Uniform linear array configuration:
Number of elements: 4
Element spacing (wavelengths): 0.25
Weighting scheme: uniform
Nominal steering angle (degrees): -60
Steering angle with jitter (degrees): -59.01
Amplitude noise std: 0.05
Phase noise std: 0.05

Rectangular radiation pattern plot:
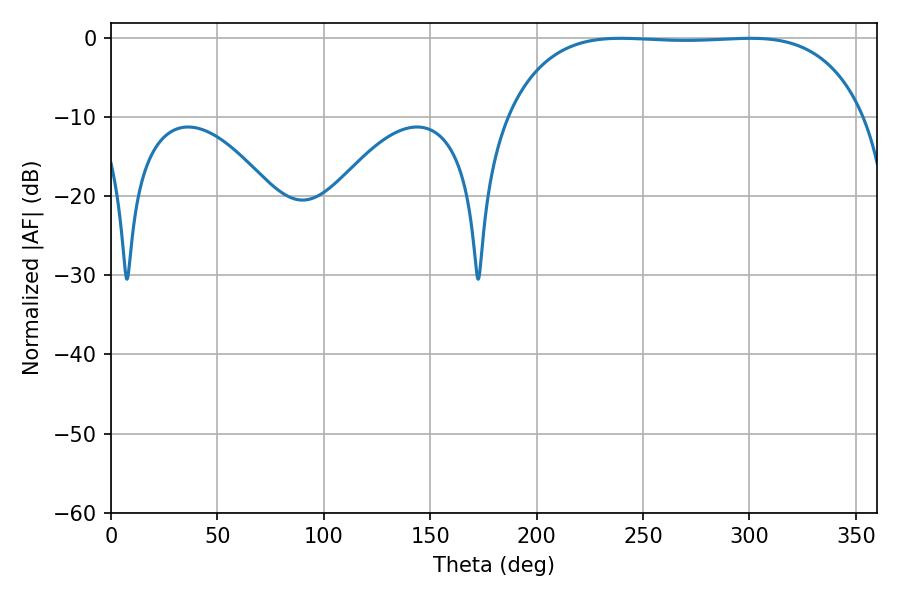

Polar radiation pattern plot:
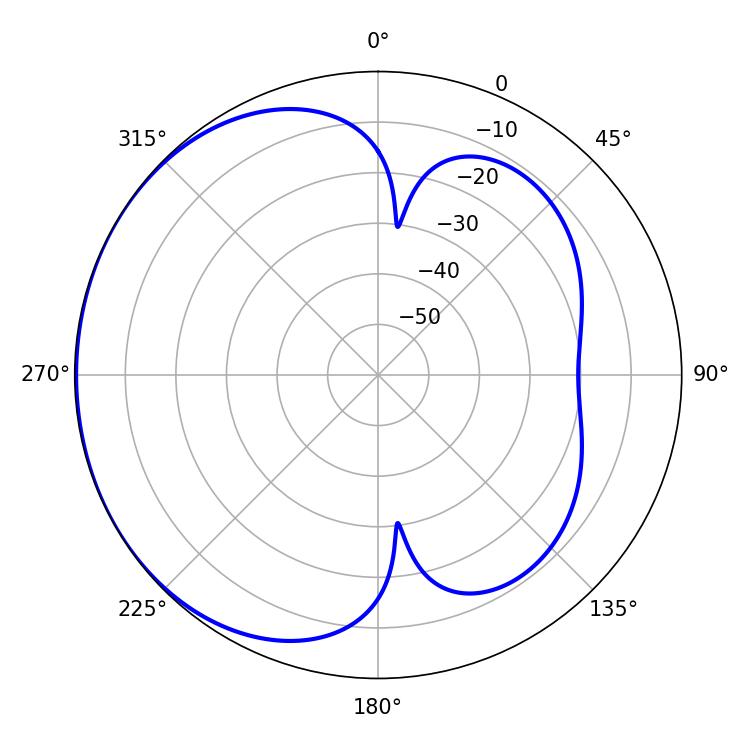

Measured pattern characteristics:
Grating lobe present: FALSE
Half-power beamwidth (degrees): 131.4
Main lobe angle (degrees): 239.58